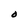
Character: O